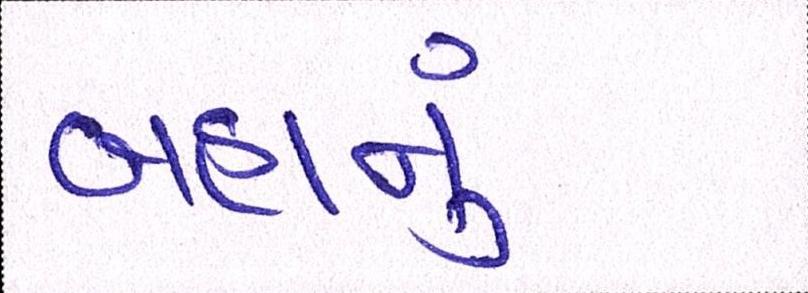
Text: બહાનું